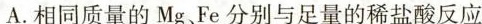
A.相同质量的Mg、Fe分别与足量的稀盐酸反应